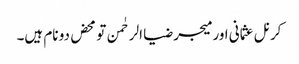
کرنل عثمانی اور میجر ضیا الرحٰمن تو محض دو نام ہیں۔